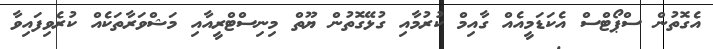
އެގޮތުން ސްޕޯޓްސް އެކަޑަމީއެއް ގާއިމް ކުރުމާއި ގުޅޭގޮތުން ޔޫތް މިނިސްޓްރީއާއި މަޝްވަރާތަކެއް ކުރެވިފައިވާ